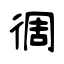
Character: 徟